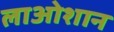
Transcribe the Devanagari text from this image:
लाओशान